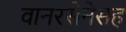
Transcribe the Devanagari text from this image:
वानरसेनेसह